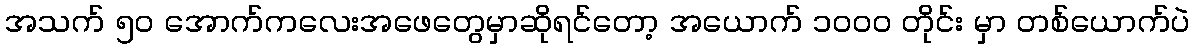
အသက် ၅၀ အောက်ကလေးအဖေတွေမှာဆိုရင်တော့ အယောက် ၁၀၀၀ တိုင်း မှာ တစ်ယောက်ပဲ